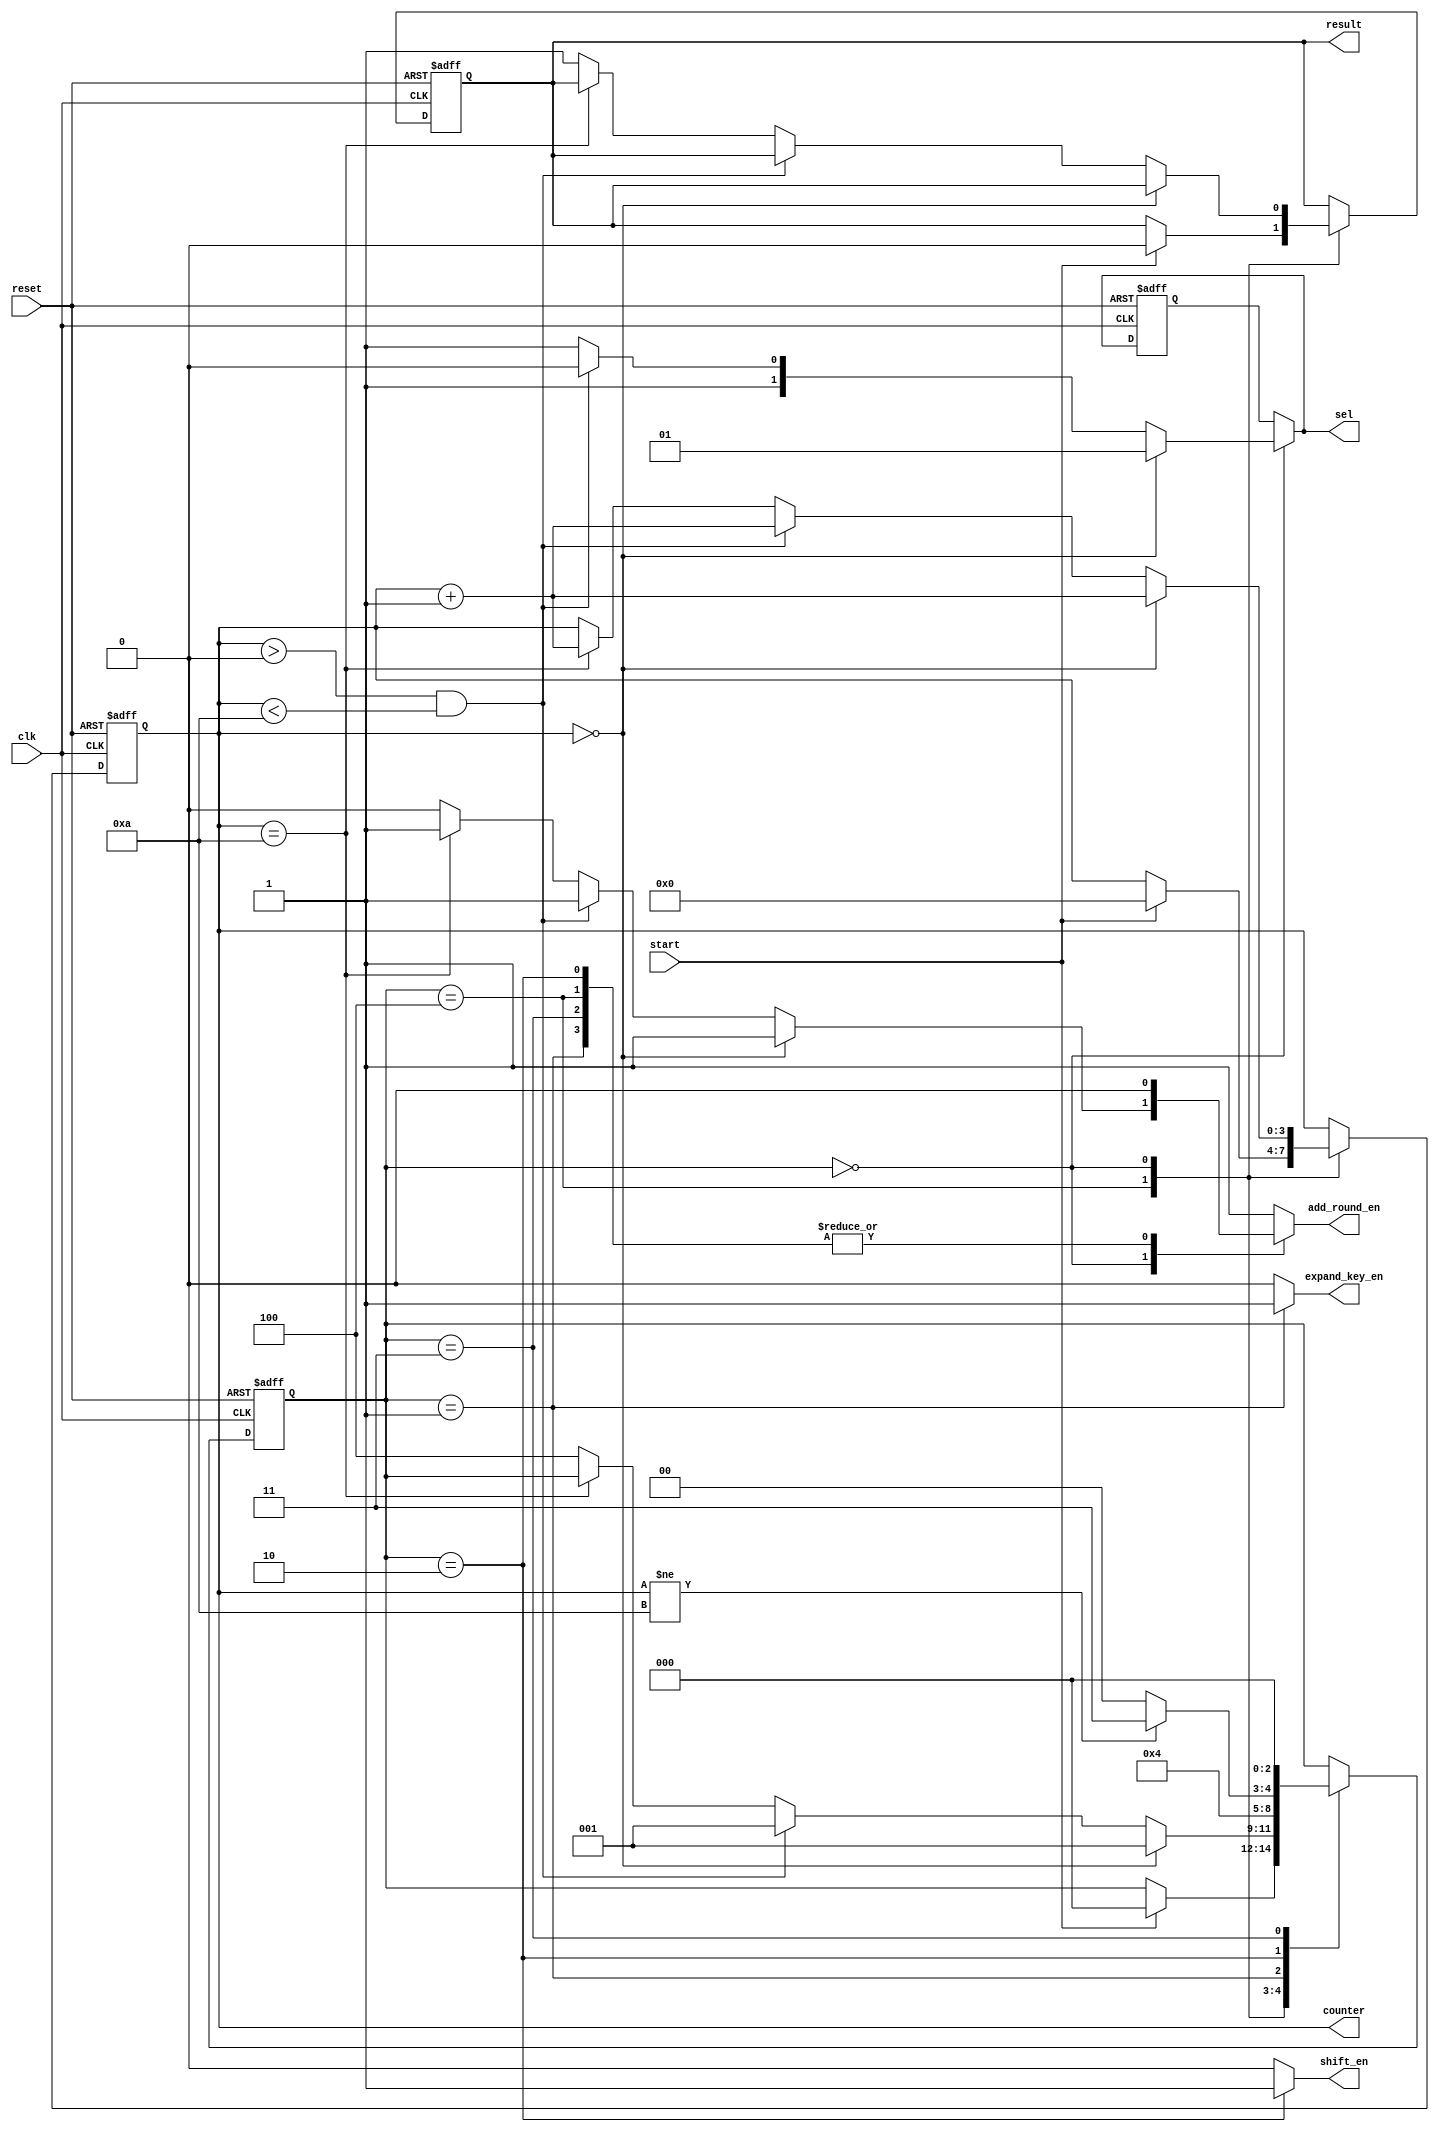
`timescale 1ns / 1ps
//////////////////////////////////////////////////////////////////////////////////
// Company: 
// Engineer: 
// 
// Design Name: 
// Module Name: fsm
// Project Name: 
// Target Devices: 
// Tool Versions: 
// Description: 
// 
// Dependencies: 
// 
// Revision:
// Revision 0.01 - File Created
// Additional Comments:
// 
//////////////////////////////////////////////////////////////////////////////////


module fsm(
    input clk,
    input reset,
    input start,
    output [1:0] sel,
    output reg add_round_en,
    output reg shift_en,
    output reg expand_key_en,
    output [3:0] counter,
    output result
    );
    
    localparam [2:0] add_round = 3'b000;
    localparam [2:0] sub_bytes = 3'b001;
    localparam [2:0] shift = 3'b010;
    localparam [2:0] mix_columns = 3'b011;
    localparam [2:0] idle = 3'b100;
    
    reg [2:0] state_reg,state_next;
    reg [1:0] sel_reg,sel_next; 
    reg [3:0] count_reg,count_next; 
    reg done_reg,done_next;
    
    always @(posedge clk, negedge reset) begin
        if(!reset)begin
            state_reg <= idle;
            count_reg <= 'b0;
            sel_reg <= 'b01;
            done_reg <= 0;
        end
        else begin
            state_reg <= state_next;
            count_reg <= count_next;
            sel_reg <= sel_next;
            done_reg <= done_next;
        end

    end
    
    always @(*) begin
        done_next = done_reg;
        count_next = count_reg;
        state_next = state_reg;
        add_round_en = 'b0;
        shift_en = 'b0;
        expand_key_en = 'b0;
        sel_next = sel_reg;
        
        case(state_reg)
            idle: begin
                if(start) begin
                    state_next = add_round;
                    count_next = 'b0;
                    done_next = 0;
                end
                else begin
                    state_next = state_reg;
                end    
            end
            add_round: begin
                    if(count_reg == 'd0) begin
                        sel_next = 'b01;
                        state_next = sub_bytes;
                        count_next = count_reg + 1;
                        add_round_en = 'b1;
                    end
                    else if(count_reg > 'd0 & count_reg < 'd10) begin
                        sel_next = 'b10;
                        state_next = sub_bytes; 
                        count_next = count_reg + 1;
                        add_round_en = 'b1;
                    end
                    else if(count_reg == 'd10) begin
                        sel_next = 'b11;
                        state_next = state_reg;
                        count_next = count_reg + 1;
                        add_round_en = 'b1;
                    end
                    else begin
                        sel_next = 'b11;
                        state_next = idle;
                        count_next = count_reg;
                        add_round_en = 'b0;
                        done_next = 1;
                    end
                end
            
            sub_bytes: begin
                expand_key_en = 'b1;
                state_next = shift;
            end
            
            shift: begin
                if(count_reg != 10)
                    state_next = mix_columns;
                else
                    state_next = add_round;
                shift_en = 'b1;
            end
            
            mix_columns: begin
                state_next = add_round;
            end

            default: begin
                count_next = count_reg;
                state_next = state_reg;
                add_round_en = 'b1;
                shift_en = 'b0;
                expand_key_en = 'b0;
                sel_next = sel_reg;
            end
        endcase 
    end
    
    assign result = done_reg;
    assign counter = count_reg;
    assign sel = sel_next;
    
endmodule